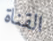
القناة